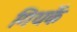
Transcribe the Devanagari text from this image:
गियर्के